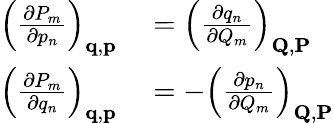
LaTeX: \begin{array}{rl}{\left({\frac{\partial P_{m}}{\partial p_{n}}}\right)_{\mathbf{q},\mathbf{p}}}&{{}=\left({\frac{\partial q_{n}}{\partial Q_{m}}}\right)_{\mathbf{Q},\mathbf{P}}}\\ {\left({\frac{\partial P_{m}}{\partial q_{n}}}\right)_{\mathbf{q},\mathbf{p}}}&{{}=-\left({\frac{\partial p_{n}}{\partial Q_{m}}}\right)_{\mathbf{Q},\mathbf{P}}}\end{array}